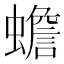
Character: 蟾